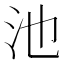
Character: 池